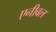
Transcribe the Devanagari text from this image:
एनीबल